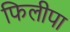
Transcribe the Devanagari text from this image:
फिलीपा